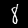
Digit: 8